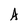
Character: A